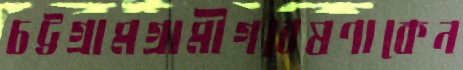
চট্টগ্রামগ্রামীগবেষণাকেন